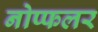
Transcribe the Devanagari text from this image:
नोप्फलर